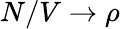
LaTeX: N/V\to\rho